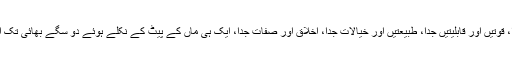
شکل جدا، رنگ جدا، آواز جدا، قوتیں اور قابلیتیں جدا، طبیعتیں اور خیالات جدا، اخلاق اور صفات جدا، ایک ہی ماں کے پیٹ کے نکلے ہوئے دو سگے بھائی تک ایک دوسرے سے نہیں ملتے۔